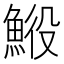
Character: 𩷍